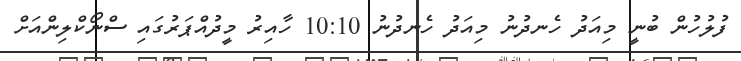
ފުލުހުން ބުނީ މިއަދު ހެނދުނު މިއަދު ހެނދުނު 10:10 ހާއިރު މީދުއްޕަރުގައި ސްނޯކްލިންއަށް